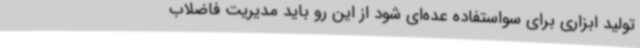
تولید ابزاری برای سواستفاده عده‌ای شود از این رو باید مدیریت فاضلاب